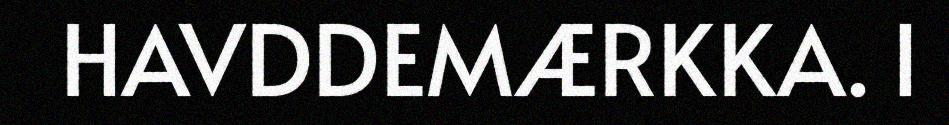
HAVDDEMÆRKKA. I